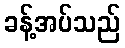
ခန့်အပ်သည်